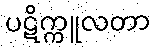
ပဋိက္ကူလတာ